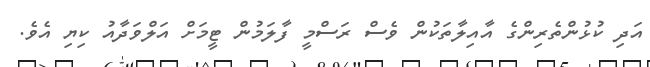
އަދި ކުޅުންތެރިންގެ އާއިލާތަކުން ވެސް ރަސްމީ ފާލަމުން ޓީމަށް އަލްވަދާއު ކިޔި އެވެ.